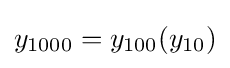
y_{1000}=y_{100}(y_{10})